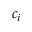
c _ { i }